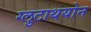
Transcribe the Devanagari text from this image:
ग्लुटाथयोन